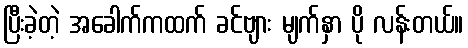
ပြီးခဲ့တဲ့ အခေါက်ကထက် ခင်ဗျား မျက်နှာ ပို လန်းတယ်။